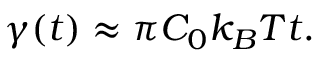
\gamma ( t ) \approx \pi C _ { 0 } k _ { B } T t .